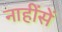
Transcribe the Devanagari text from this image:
नाहींसें